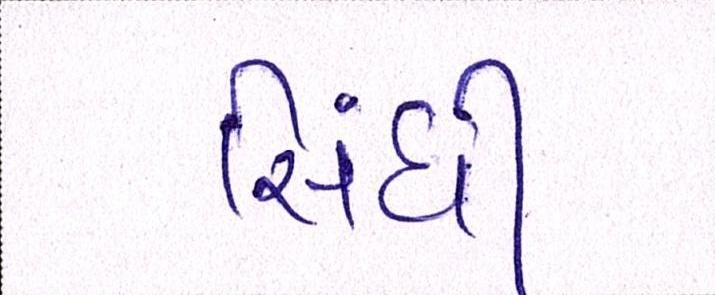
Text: સિંધી